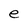
Character: e